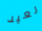
لعيد